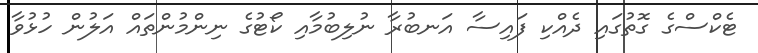
ޓެކްސްގެ ގޮތުގައި ދެއްކި ފައިސާ އަނބުރާ ނުލިބުމާއި ކޯޓުގެ ނިންމުންތައް އަލުން ހުޅުވާ